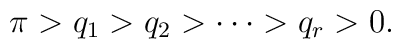
\pi>q_1>q_2>\cdots>q_r>0.